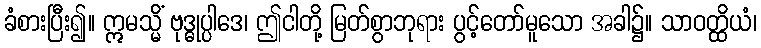
ခံစားပြီး၍။ ဣမသ္မိံ ဗုဒ္ဓုပ္ပါဒေ၊ ဤငါတို့ မြတ်စွာဘုရား ပွင့်တော်မူသော အခါ၌။ သာဝတ္ထိယံ၊